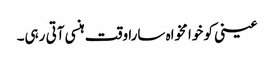
عینی کو خوا مخواہ سارا وقت ہنسی آتی رہی۔